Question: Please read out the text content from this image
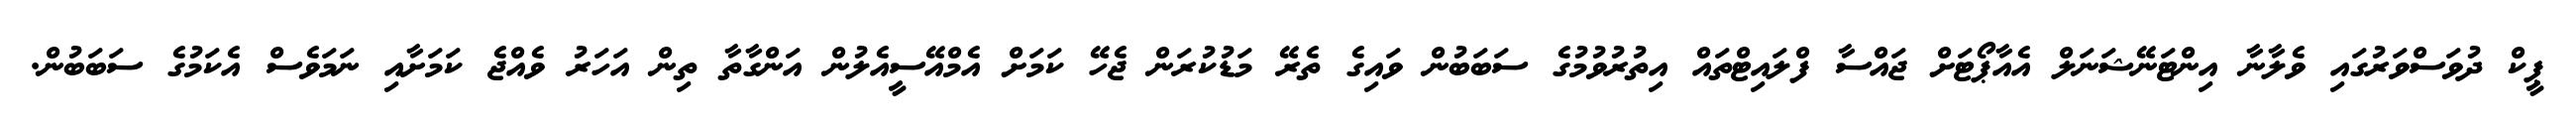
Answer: ޕީކް ދުވަސްވަރުގައި ވެލާނާ އިންޓަނޭޝަނަލް އެއާޕޯޓަށް ޖައްސާ ފްލައިޓްތައް އިތުރުވުމުގެ ސަބަބުން ވައިގެ ތެރޭ މަޑުކުރަން ޖެހޭ ކަމަށް އެމްއޭސީއެލުން އަންގާތާ ތިން އަހަރު ވެއްޖެ ކަމަށާއި ނަމަވެސް އެކަމުގެ ސަބަބުން.